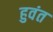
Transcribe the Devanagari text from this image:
हुवंत